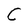
Character: C